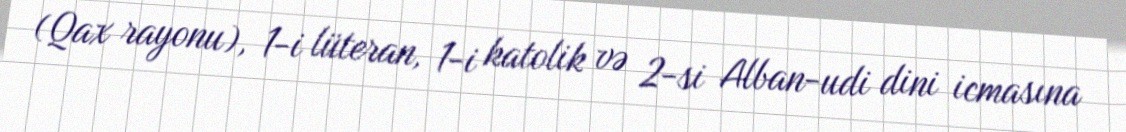
(Qax rayonu), 1-i lüteran, 1-i katolik və 2-si Alban-udi dini icmasına